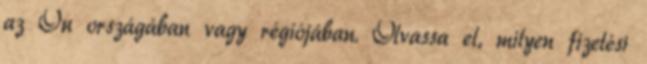
az Ön országában vagy régiójában. Olvassa el, milyen fizetési